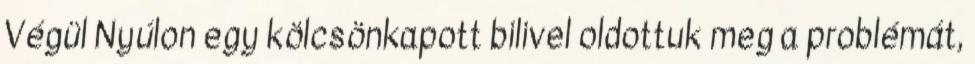
Végül Nyúlon egy kölcsönkapott bilivel oldottuk meg a problémát,